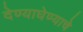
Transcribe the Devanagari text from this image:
देण्याघेण्याचे